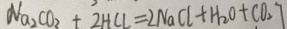
N a _ { 2 } C O _ { 3 } + 2 H C l = 2 N a C l + H _ { 2 } O + C O _ { 2 } \uparrow